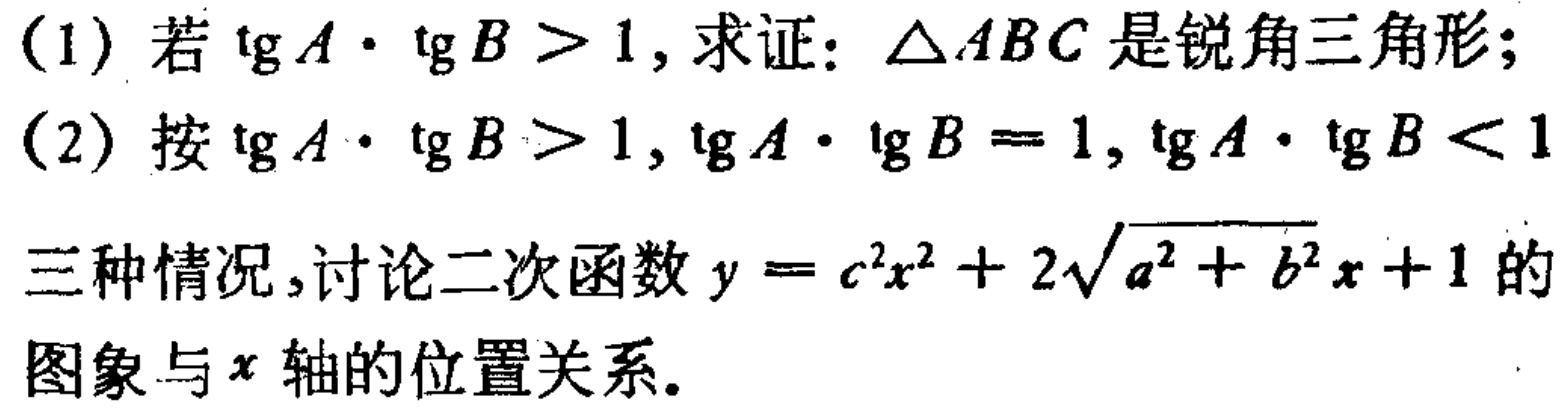
(1) 若\(\tg A\cdot \tg B > 1\)，求证：\(\triangle ABC\)是锐角三角形；

(2) 按\(\tg A\cdot \tg B > 1\)，\(\tg A\cdot \tg B = 1\)，\(\tg A\cdot \tg B < 1\)

三种情况，讨论二次函数\(y = c^{2}x^{2}+2\sqrt{a^{2}+b^{2}}x + 1\)的

图象与\(x\)轴的位置关系。